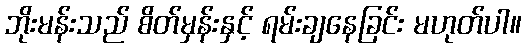
ဘိုးမန်းသည် စိတ်မှန်းနှင့် ရမ်းချနေခြင်း မဟုတ်ပါ။